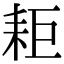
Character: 耟